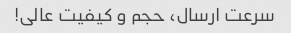
سرعت ارسال، حجم و کیفیت عالی!